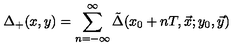
\Delta _ { + } ( x , y ) = \sum _ { n = - \infty } ^ { \infty } \tilde { \Delta } ( x _ { 0 } + n T , \vec { x } ; y _ { 0 } , \vec { y } )